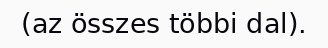
(az összes többi dal).